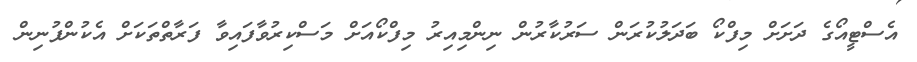
އެސްޓީއޯގެ ދަށަށް މިފްކޯ ބަދަލުކުރަން ސަރުކާރުން ނިންމިއިރު މިފްކޯއަށް މަސްކިރުވާފައިވާ ފަރާތްތަކަށް އެކުންފުނިން